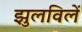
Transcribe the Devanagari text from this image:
झुलविलें